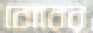
বোরের